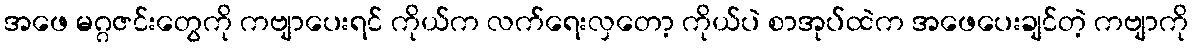
အဖေ မဂ္ဂဇင်းတွေကို ကဗျာပေးရင် ကိုယ်က လက်ရေးလှတော့ ကိုယ်ပဲ စာအုပ်ထဲက အဖေပေးချင်တဲ့ ကဗျာကို